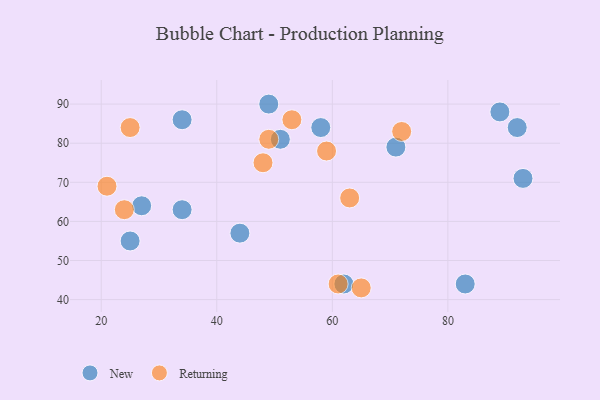
{"axis": {"x": "GDP", "y": "Life Expectancy"}, "legend": ["New", "Returning"], "data": [{"x": "62", "y": 44, "type": "New"}, {"x": "58", "y": 84, "type": "New"}, {"x": "51", "y": 81, "type": "New"}, {"x": "89", "y": 88, "type": "New"}, {"x": "44", "y": 57, "type": "New"}, {"x": "25", "y": 55, "type": "New"}, {"x": "34", "y": 86, "type": "New"}, {"x": "92", "y": 84, "type": "New"}, {"x": "71", "y": 79, "type": "New"}, {"x": "93", "y": 71, "type": "New"}, {"x": "49", "y": 90, "type": "New"}, {"x": "27", "y": 64, "type": "New"}, {"x": "34", "y": 63, "type": "New"}, {"x": "83", "y": 44, "type": "New"}, {"x": "59", "y": 78, "type": "Returning"}, {"x": "25", "y": 84, "type": "Returning"}, {"x": "53", "y": 86, "type": "Returning"}, {"x": "24", "y": 63, "type": "Returning"}, {"x": "48", "y": 75, "type": "Returning"}, {"x": "49", "y": 81, "type": "Returning"}, {"x": "61", "y": 44, "type": "Returning"}, {"x": "63", "y": 66, "type": "Returning"}, {"x": "21", "y": 69, "type": "Returning"}, {"x": "72", "y": 83, "type": "Returning"}, {"x": "65", "y": 43, "type": "Returning"}]}